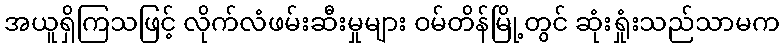
အယူရှိကြသဖြင့် လိုက်လံဖမ်းဆီးမှုများ ဝမ်တိန်မြို့တွင် ဆုံးရှုံးသည်သာမက